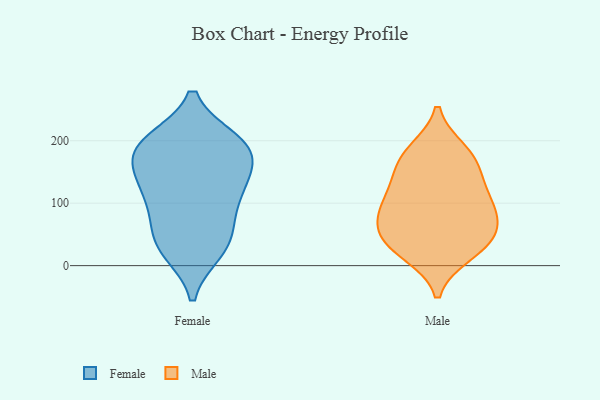
{"axis": {"x": "Bounce Rate (%)", "y": "Value"}, "legend": ["Female", "Male"], "data": [{"x": "", "y": 123, "type": "Female"}, {"x": "", "y": 33, "type": "Female"}, {"x": "", "y": 31, "type": "Female"}, {"x": "", "y": 167, "type": "Female"}, {"x": "", "y": 59, "type": "Female"}, {"x": "", "y": 87, "type": "Female"}, {"x": "", "y": 139, "type": "Female"}, {"x": "", "y": 199, "type": "Female"}, {"x": "", "y": 184, "type": "Female"}, {"x": "", "y": 199, "type": "Female"}, {"x": "", "y": 106, "type": "Female"}, {"x": "", "y": 187, "type": "Female"}, {"x": "", "y": 192, "type": "Female"}, {"x": "", "y": 24, "type": "Female"}, {"x": "", "y": 135, "type": "Female"}, {"x": "", "y": 123, "type": "Male"}, {"x": "", "y": 35, "type": "Male"}, {"x": "", "y": 84, "type": "Male"}, {"x": "", "y": 43, "type": "Male"}, {"x": "", "y": 42, "type": "Male"}, {"x": "", "y": 87, "type": "Male"}, {"x": "", "y": 117, "type": "Male"}, {"x": "", "y": 21, "type": "Male"}, {"x": "", "y": 79, "type": "Male"}, {"x": "", "y": 165, "type": "Male"}, {"x": "", "y": 182, "type": "Male"}, {"x": "", "y": 170, "type": "Male"}]}